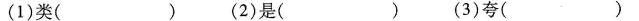
(1)类( ) (2)是( ) (3)夸( )